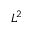
L ^ { 2 }